Etiology and epidemiology of plague
Disease focus: Plague
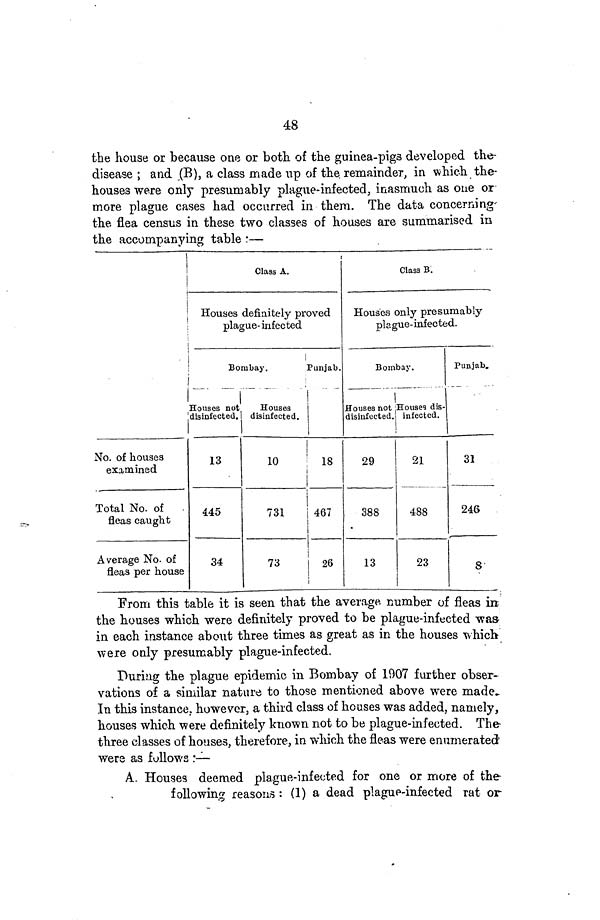
the house or because one or both of the guinea-pigs developed the
disease ; and (B), a class made up of the. remainder, in which the
houses were only presumably plague-infected, inasmuch as one or
more plague cases had occurred in them. The data concerning-
the flea census in these two classes of houses are summarised in
the accompanying table :—
No. of houses
examined
Total No. of
fleas caught
Average No. of
fleas per house
Class A.
Houses definitely proved
plague- infected
Bombay.
Houses not
disinfected.
13
445
34
Houses
disinfected.
10
731
73
Punjab.
18
467
26
Class B.
Houses only presumably
plague-infected.
Bombay.
Houses not
disinfected.
29
388
13
Houses dis-
infected.
21
488
23
Punjab.
31
246
8
From this table it is seen that the average number of fleas in.
the houses which were definitely proved to be plague-infected was
in each instance about three times as great as in the houses which
were only presumably plague-infected.
During the plague epidemic in Bombay of 1007 further obser-
vations of a similar nature to those mentioned above were made.
In this instance, however, a third class of houses was added, namely,
houses which were definitely known not to be plague-infected. The
three classes of houses, therefore, in which the fleas were enumerated
were as follows :—
A. Houses deemed plague-infected for one or more of the
following reasons : (1) a dead plague-infected rat or